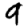
Digit: 9